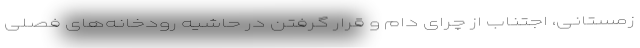
زمستانی، اجتناب از چرای دام و قرار گرفتن در حاشیه رودخانه‌های فصلی